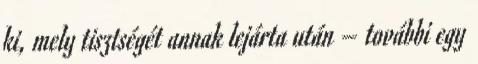
ki, mely tisztségét annak lejárta után – további egy